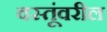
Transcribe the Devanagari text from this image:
वस्तूंवरील